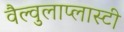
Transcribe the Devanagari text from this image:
वैल्वुलाप्लास्टी